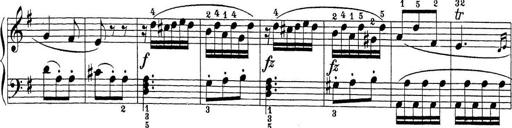
Title: Sonatina Album
Composer: Louis KÃ¶hler